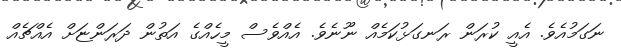
ނަގަމުއެވެ. އެއީ ކުރަން ރަނގަޅުކަމެއް ނޫނެވެ. އެއްވެސް މީހެއްގެ އަތުން ދަރަންޏަށް އެއްޗެއް